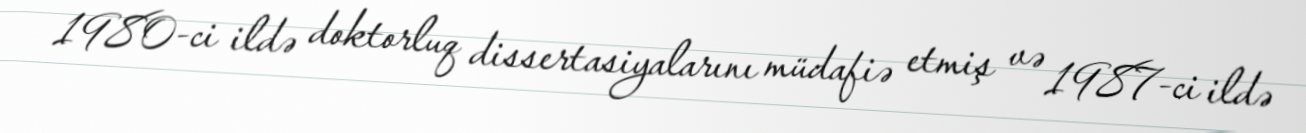
1980-ci ildə doktorluq dissertasiyalarını müdafiə etmiş və 1987-ci ildə